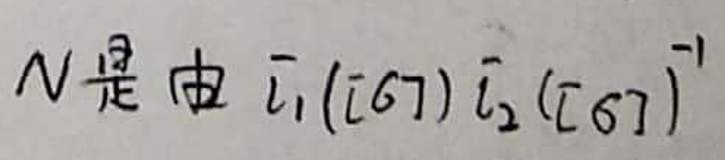
N是由$\overline{l}_{1}(lG)\overline{l}_{2}(lG)^{'}$